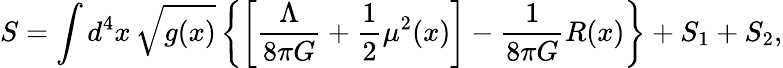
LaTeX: S=\int d^{4}x\, \sqrt{g(x)}\left\{ \left[\frac{\Lambda}{8\pi G}+\frac{1}{2}\mu^{2}(x)\right]-\frac{1}{8\pi G}R(x)\right\} +S_{1}+S_{2},